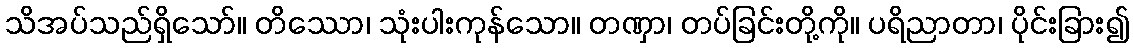
သိအပ်သည်ရှိသော်။ တိဿော၊ သုံးပါးကုန်သော။ တဏှာ၊ တပ်ခြင်းတို့ကို။ ပရိညာတာ၊ ပိုင်းခြား၍